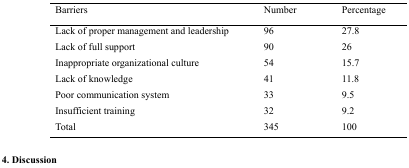
| Barriers | Number | Percentage |
 | --- | --- | --- |
 | Lack of proper management and leadership | 96 | 27.8 |
 | Lack of full support | 90 | 26 |
 | Inappropriate organizational culture | 54 | 15.7 |
 | Lack of knowledge | 41 | 11.8 |
 | Poor communication system | 33 | 9.5 |
 | Insufficient training | 32 | 9.2 |
 | Total | 345 | 100 |